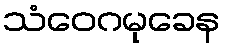
သံဝေဂမုခေန